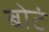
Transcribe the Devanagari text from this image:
बोटं